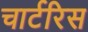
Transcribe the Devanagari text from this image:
चार्टरिस